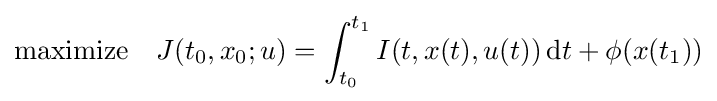
{\text{maximize}}\quad J(t_{0},x_{0};u)=\int _{t_{0}}^{t_{1}}I(t,x(t),u(t))\,\mathrm {d} t+\phi (x(t_{1}))